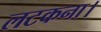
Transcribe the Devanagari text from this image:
लटकना।